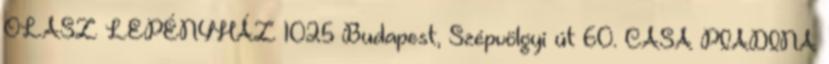
OLASZ LEPÉNYHÁZ 1025 Budapest, Szépvölgyi út 60. CASA PIADINA